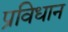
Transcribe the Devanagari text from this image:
प्रविधान